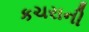
કચરાની